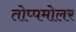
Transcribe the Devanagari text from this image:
तोप्पमोलर